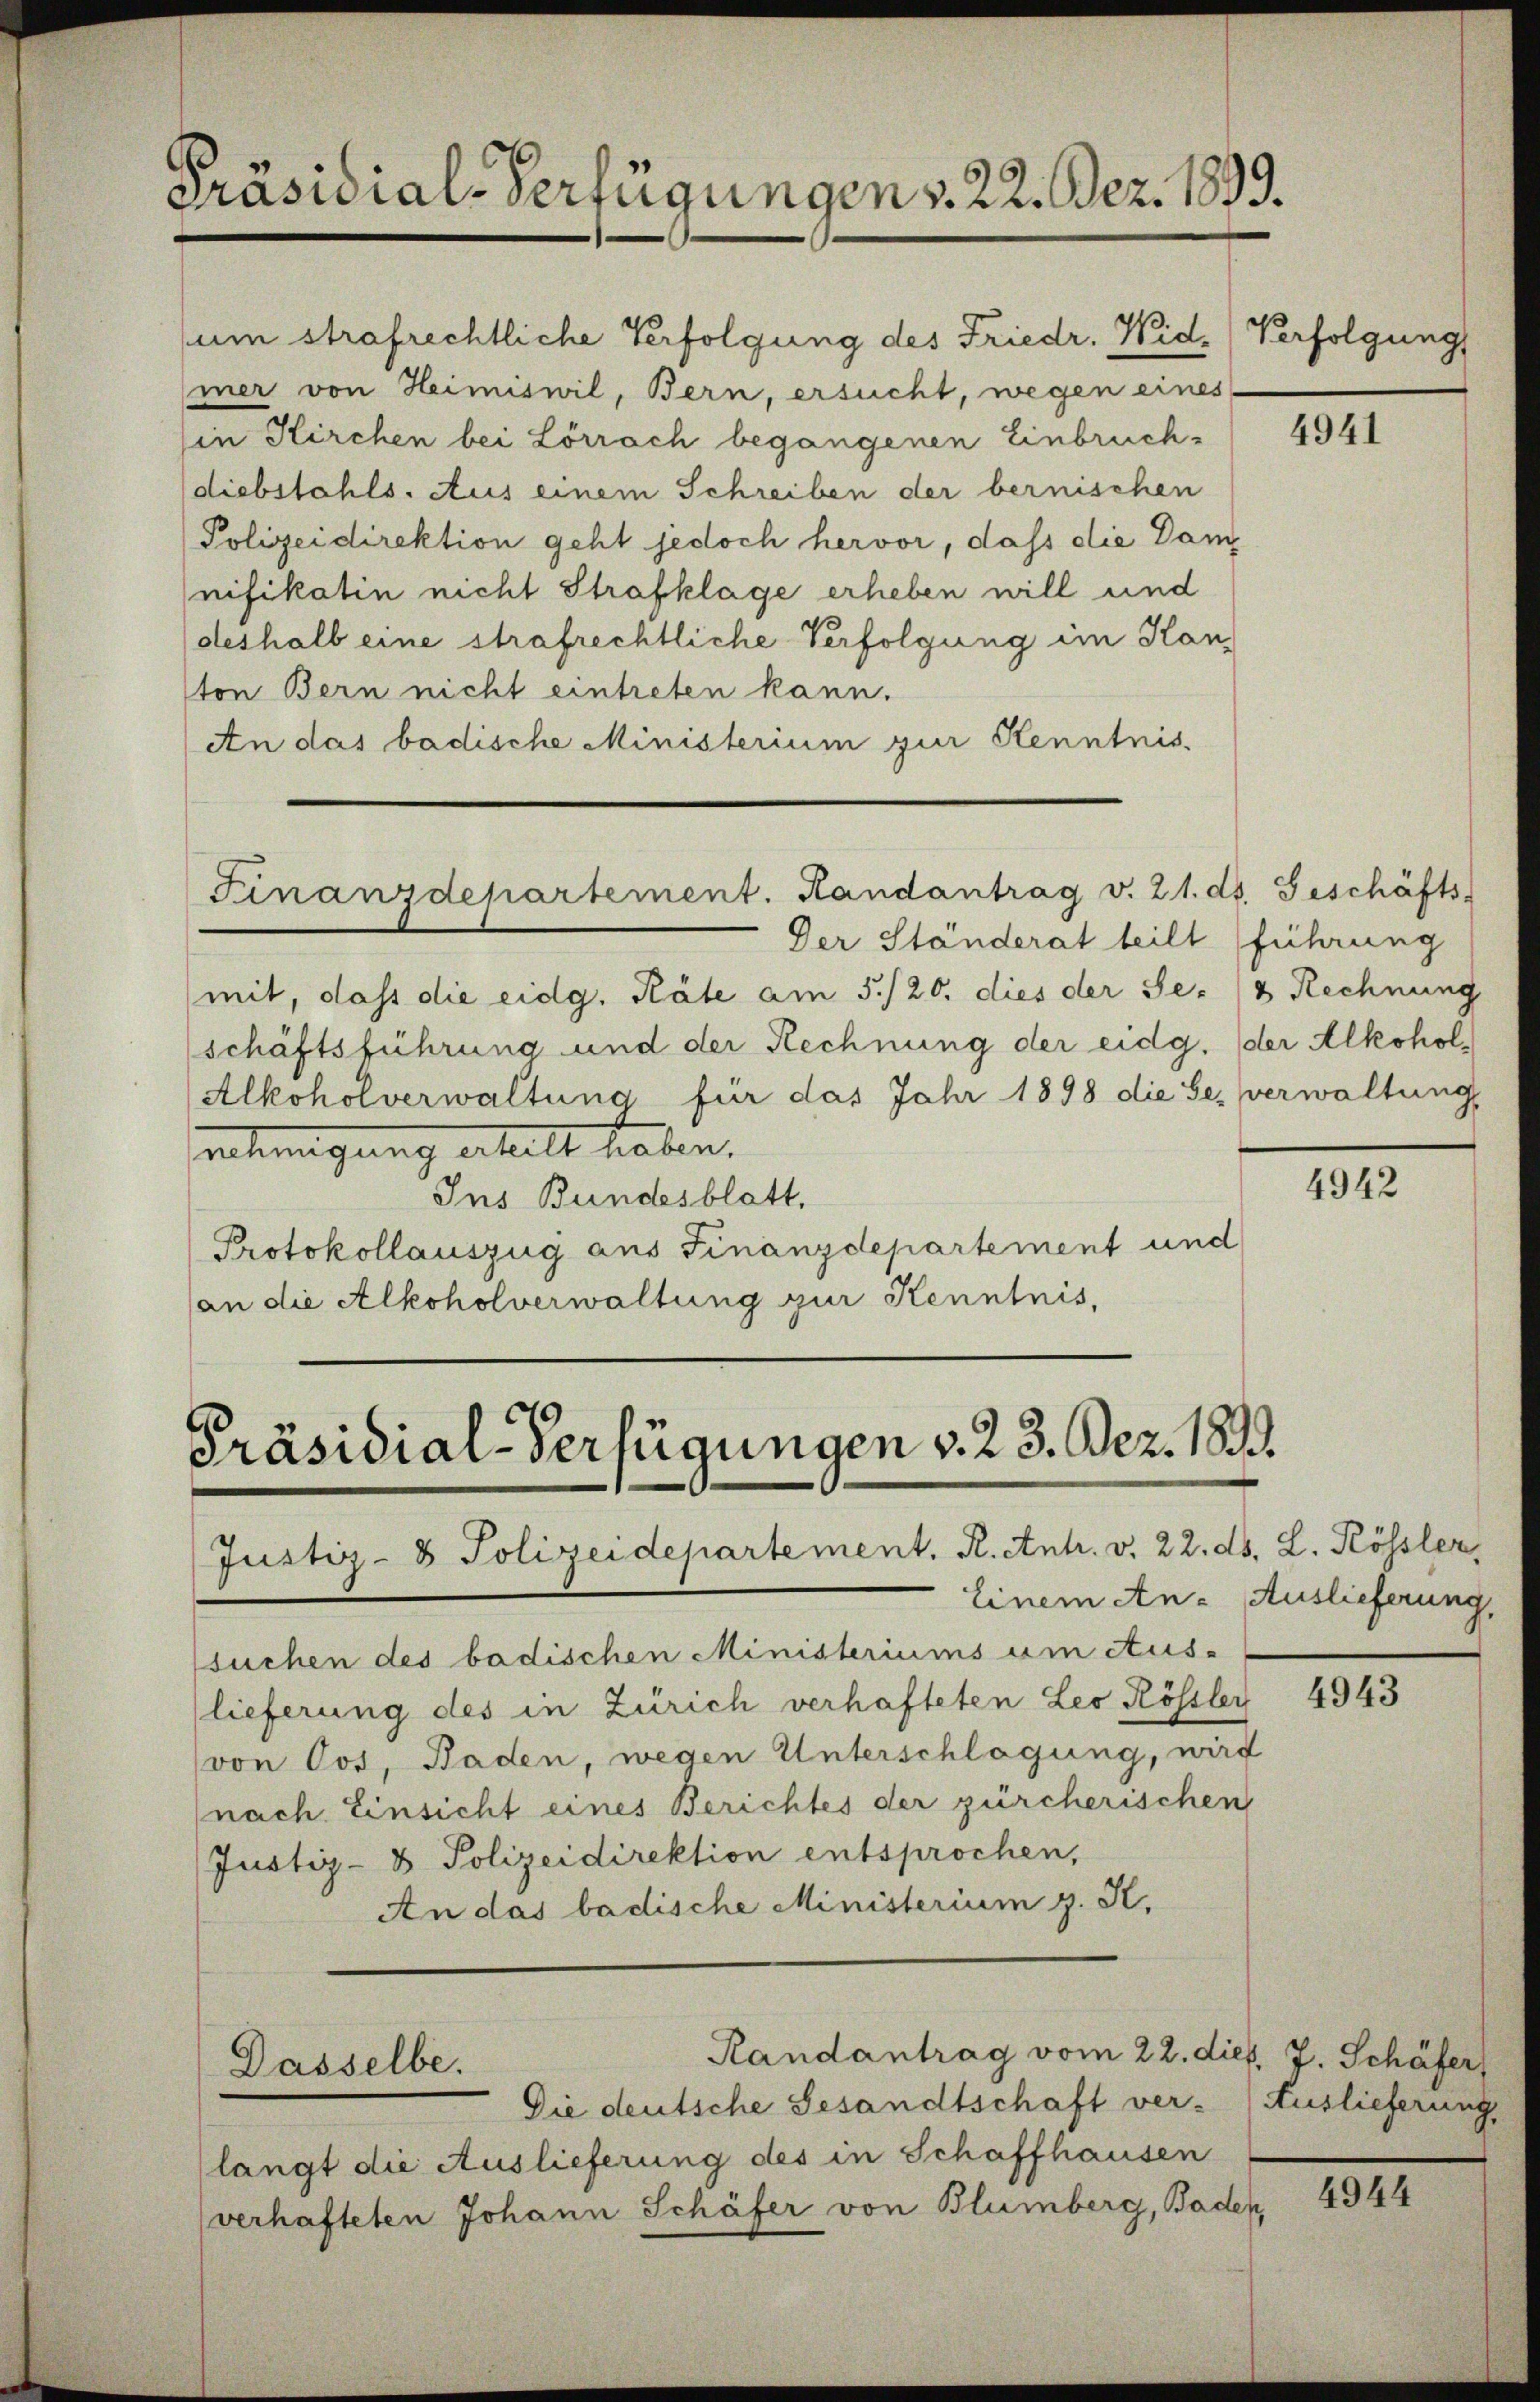
Präsidial-Verfügungen v. 22. Dez. 1899.

um strafrechtliche Verfolgung des Friedr. Widmer von Heimiswil, Bern, ersucht, wegen eines
in Kirchen bei Lörrach begangenen Einbruch-
diebstahls. Aus einem Schreiben der bernischen
Polizeidirektion geht jedoch hervor, dass die Dam
nifikatin nicht Strafklage erheben will und
deshalb eine strafrechtliche Verfolgung im Kanton Bern nicht eintreten kann.
An das badische Ministerium zur Kenntnis.
Finanzdepartement. Handantrag v. 21. ds. Geschäfts
Der Ständerat teilt führung
mit, dass die eidg. Räte am 5./20. dies der Se. 18 Rechnung
schäftsführung und der Rechnung der eidg. (der Alkohol¬
Alkoholverwaltung für das Jahr 1898 die Sei verwaltung
nehmigung erteilt haben.
Ins Bundesblatt,
Protokollauszug aus Finanzdepartement und
(an die Alkoholverwaltung zur Kenntnis,

Präsidial-Verfügungen v. 23. Dez. 1839.
Justiz- & Polizeidepartement. R. Antr. v. 22. ds. L. Kössler,

Dasselbe.

Randantrag vom 22. dies. J. Schäfer

Einem An- Auslieferung,
suchen des badischen Ministeriums um Aus-
lieferung des in Zürich verhafteten Leo Rössler
(von Cot, Baden, wegen Unterschlagung, wird
nach Einsicht eines Berichtes der zürcherischen
Justiz- & Polizeidirektion entsprochen,
An das badische Ministerium g. K.

Die deutsche Gesandtschaft ver-
langt die Auslieferung des in Schaffhausen
verhafteten Johann Schäfer von Blumberg, Baden,

Verfolgung

4941

4942

4943

Auslieferung,

4944